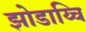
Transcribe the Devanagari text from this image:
झोडाय्चि